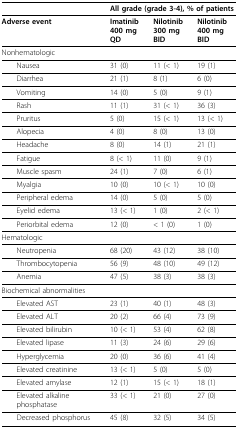
|  | <COLSPAN=3> All grade (grade 3-4), % of patients |
 | --- | --- | --- | --- |
 | Adverse event | Imatinib400 mg QD | Nilotinib300 mg BID | Nilotinib400 mg BID |
 | Nonhematologic |  |  |  |
 | Nausea | 31 (0) | 11 (< 1) | 19 (1) |
 | Diarrhea | 21 (1) | 8 (1) | 6 (0) |
 | Vomiting | 14 (0) | 5 (0) | 9 (1) |
 | Rash | 11 (1) | 31 (< 1) | 36 (3) |
 | Pruritus | 5 (0) | 15 (< 1) | 13 (< 1) |
 | Alopecia | 4 (0) | 8 (0) | 13 (0) |
 | Headache | 8 (0) | 14 (1) | 21 (1) |
 | Fatigue | 8 (< 1) | 11 (0) | 9 (1) |
 | Muscle spasm | 24 (1) | 7 (0) | 6 (1) |
 | Myalgia | 10 (0) | 10 (< 1) | 10 (0) |
 | Peripheral edema | 14 (0) | 5 (0) | 5 (0) |
 | Eyelid edema | 13 (< 1) | 1 (0) | 2 (< 1) |
 | Periorbital edema | 12 (0) | < 1 (0) | 1 (0) |
 | Hematologic |  |  |  |
 | Neutropenia | 68 (20) | 43 (12) | 38 (10) |
 | Thrombocytopenia | 56 (9) | 48 (10) | 49 (12) |
 | Anemia | 47 (5) | 38 (3) | 38 (3) |
 | Biochemical abnormalities |  |  |  |
 | Elevated AST | 23 (1) | 40 (1) | 48 (3) |
 | Elevated ALT | 20 (2) | 66 (4) | 73 (9) |
 | Elevated bilirubin | 10 (< 1) | 53 (4) | 62 (8) |
 | Elevated lipase | 11 (3) | 24 (6) | 29 (6) |
 | Hyperglycemia | 20 (0) | 36 (6) | 41 (4) |
 | Elevated creatinine | 13 (< 1) | 5 (0) | 5 (0) |
 | Elevated amylase | 12 (1) | 15 (< 1) | 18 (1) |
 | Elevated alkaline phosphatase | 33 (< 1) | 21 (0) | 27 (0) |
 | Decreased phosphorus | 45 (8) | 32 (5) | 34 (5) |